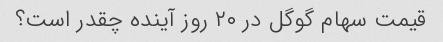
قیمت سهام گوگل در ۲۰ روز آینده چقدر است؟